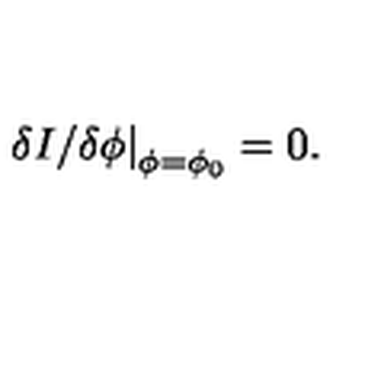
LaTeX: \left. { \delta I / { \delta \phi } } \right| _ { \phi = \phi _ { 0 } } = 0 .